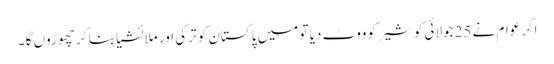
اگر عوام نے 25جولائی کو شیر کو ووٹ دیا تو میں پاکستان کو ترکی اور ملائشیا بنا کر چھوڑوں گا ۔